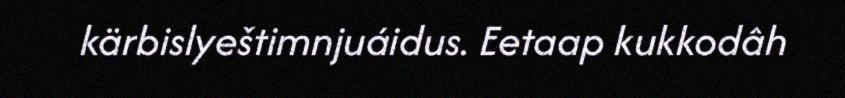
kärbislyeštimnjuáidus. Eetaap kukkodâh